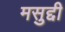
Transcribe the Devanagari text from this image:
मसुद्दी